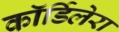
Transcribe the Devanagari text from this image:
कॉर्डिलेरा